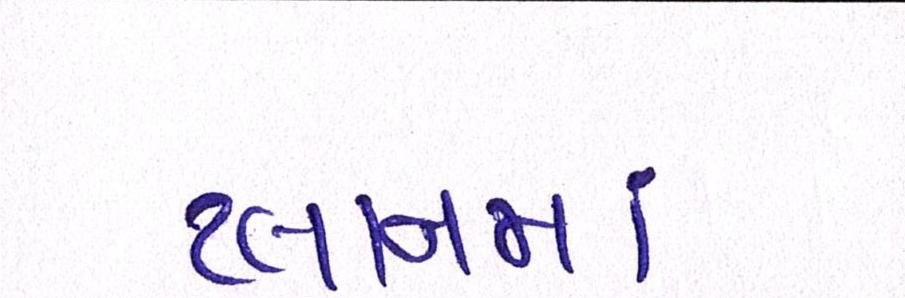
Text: પ્લાનમાં